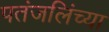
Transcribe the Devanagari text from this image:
पतंजलिंच्या